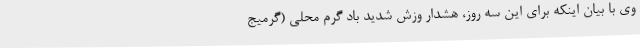
وی با بیان اینکه برای این سه روز، هشدار وزش شدید باد گرم محلی (گرمیج